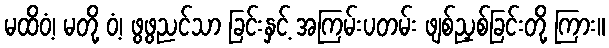
မထိဝံ့၊ မတို့ ဝံ့၊ ဖွဖွညင်သာ ခြင်းနှင့် အကြမ်းပတမ်း ဖျစ်ညှစ်ခြင်းတို့ ကြား။